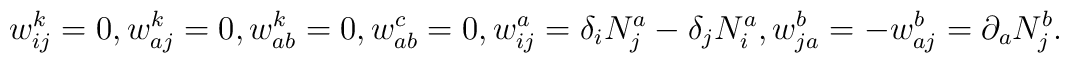
w_{ij}^k=0,w_{aj}^k=0,w_{ab}^k=0,w_{ab}^c=0,w_{ij}^a=\delta _iN_j^a-\delta_jN_i^a,w_{ja}^b=-w_{aj}^b=\partial _aN_j^b.